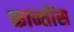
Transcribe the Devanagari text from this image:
कान्तोंस